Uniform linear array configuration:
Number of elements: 16
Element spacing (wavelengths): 1
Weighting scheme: blackman
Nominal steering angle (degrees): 45
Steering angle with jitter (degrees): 44.771
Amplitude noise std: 0.05
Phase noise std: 0.05

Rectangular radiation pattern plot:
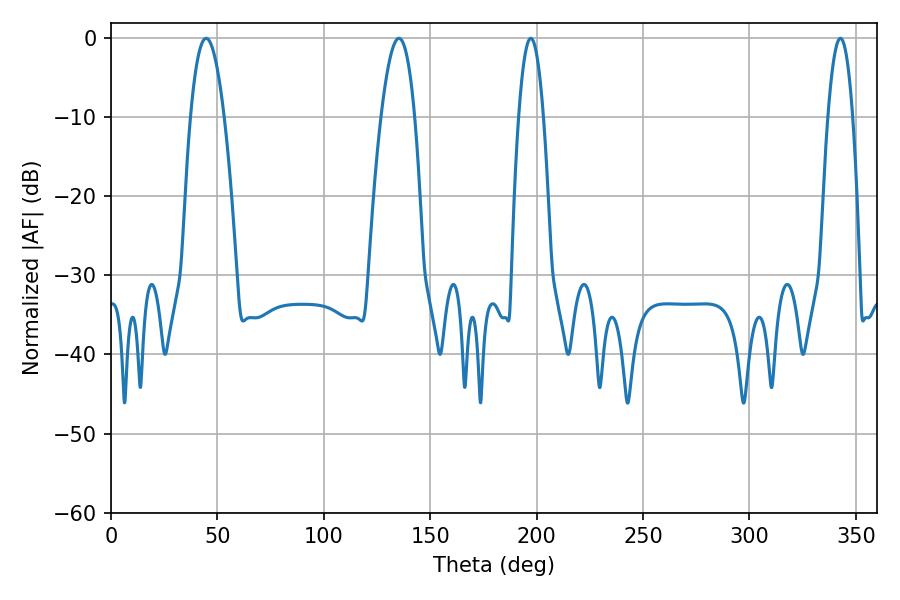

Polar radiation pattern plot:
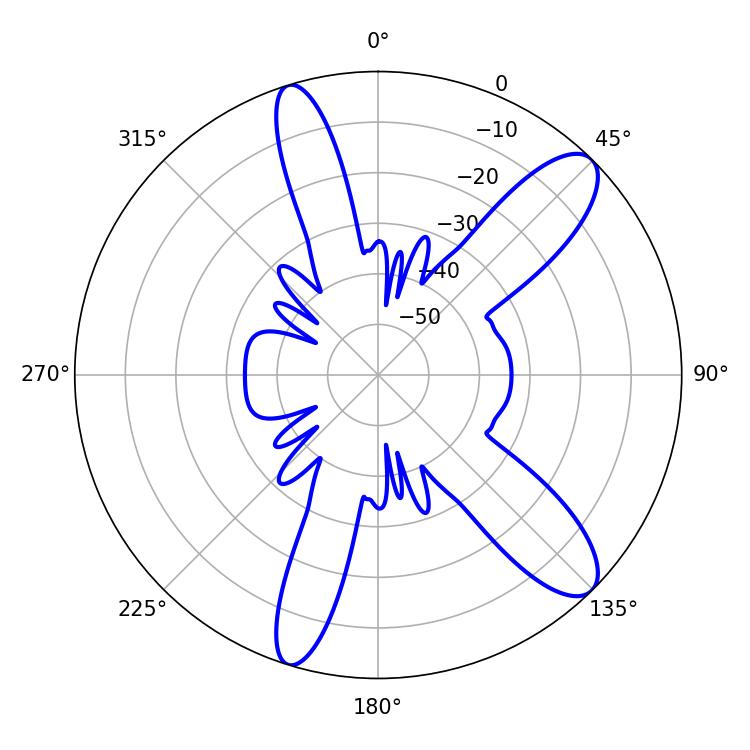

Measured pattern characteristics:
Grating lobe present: TRUE
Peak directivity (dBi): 11.004
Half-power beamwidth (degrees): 6.48
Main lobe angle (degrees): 197.28